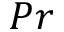
P r